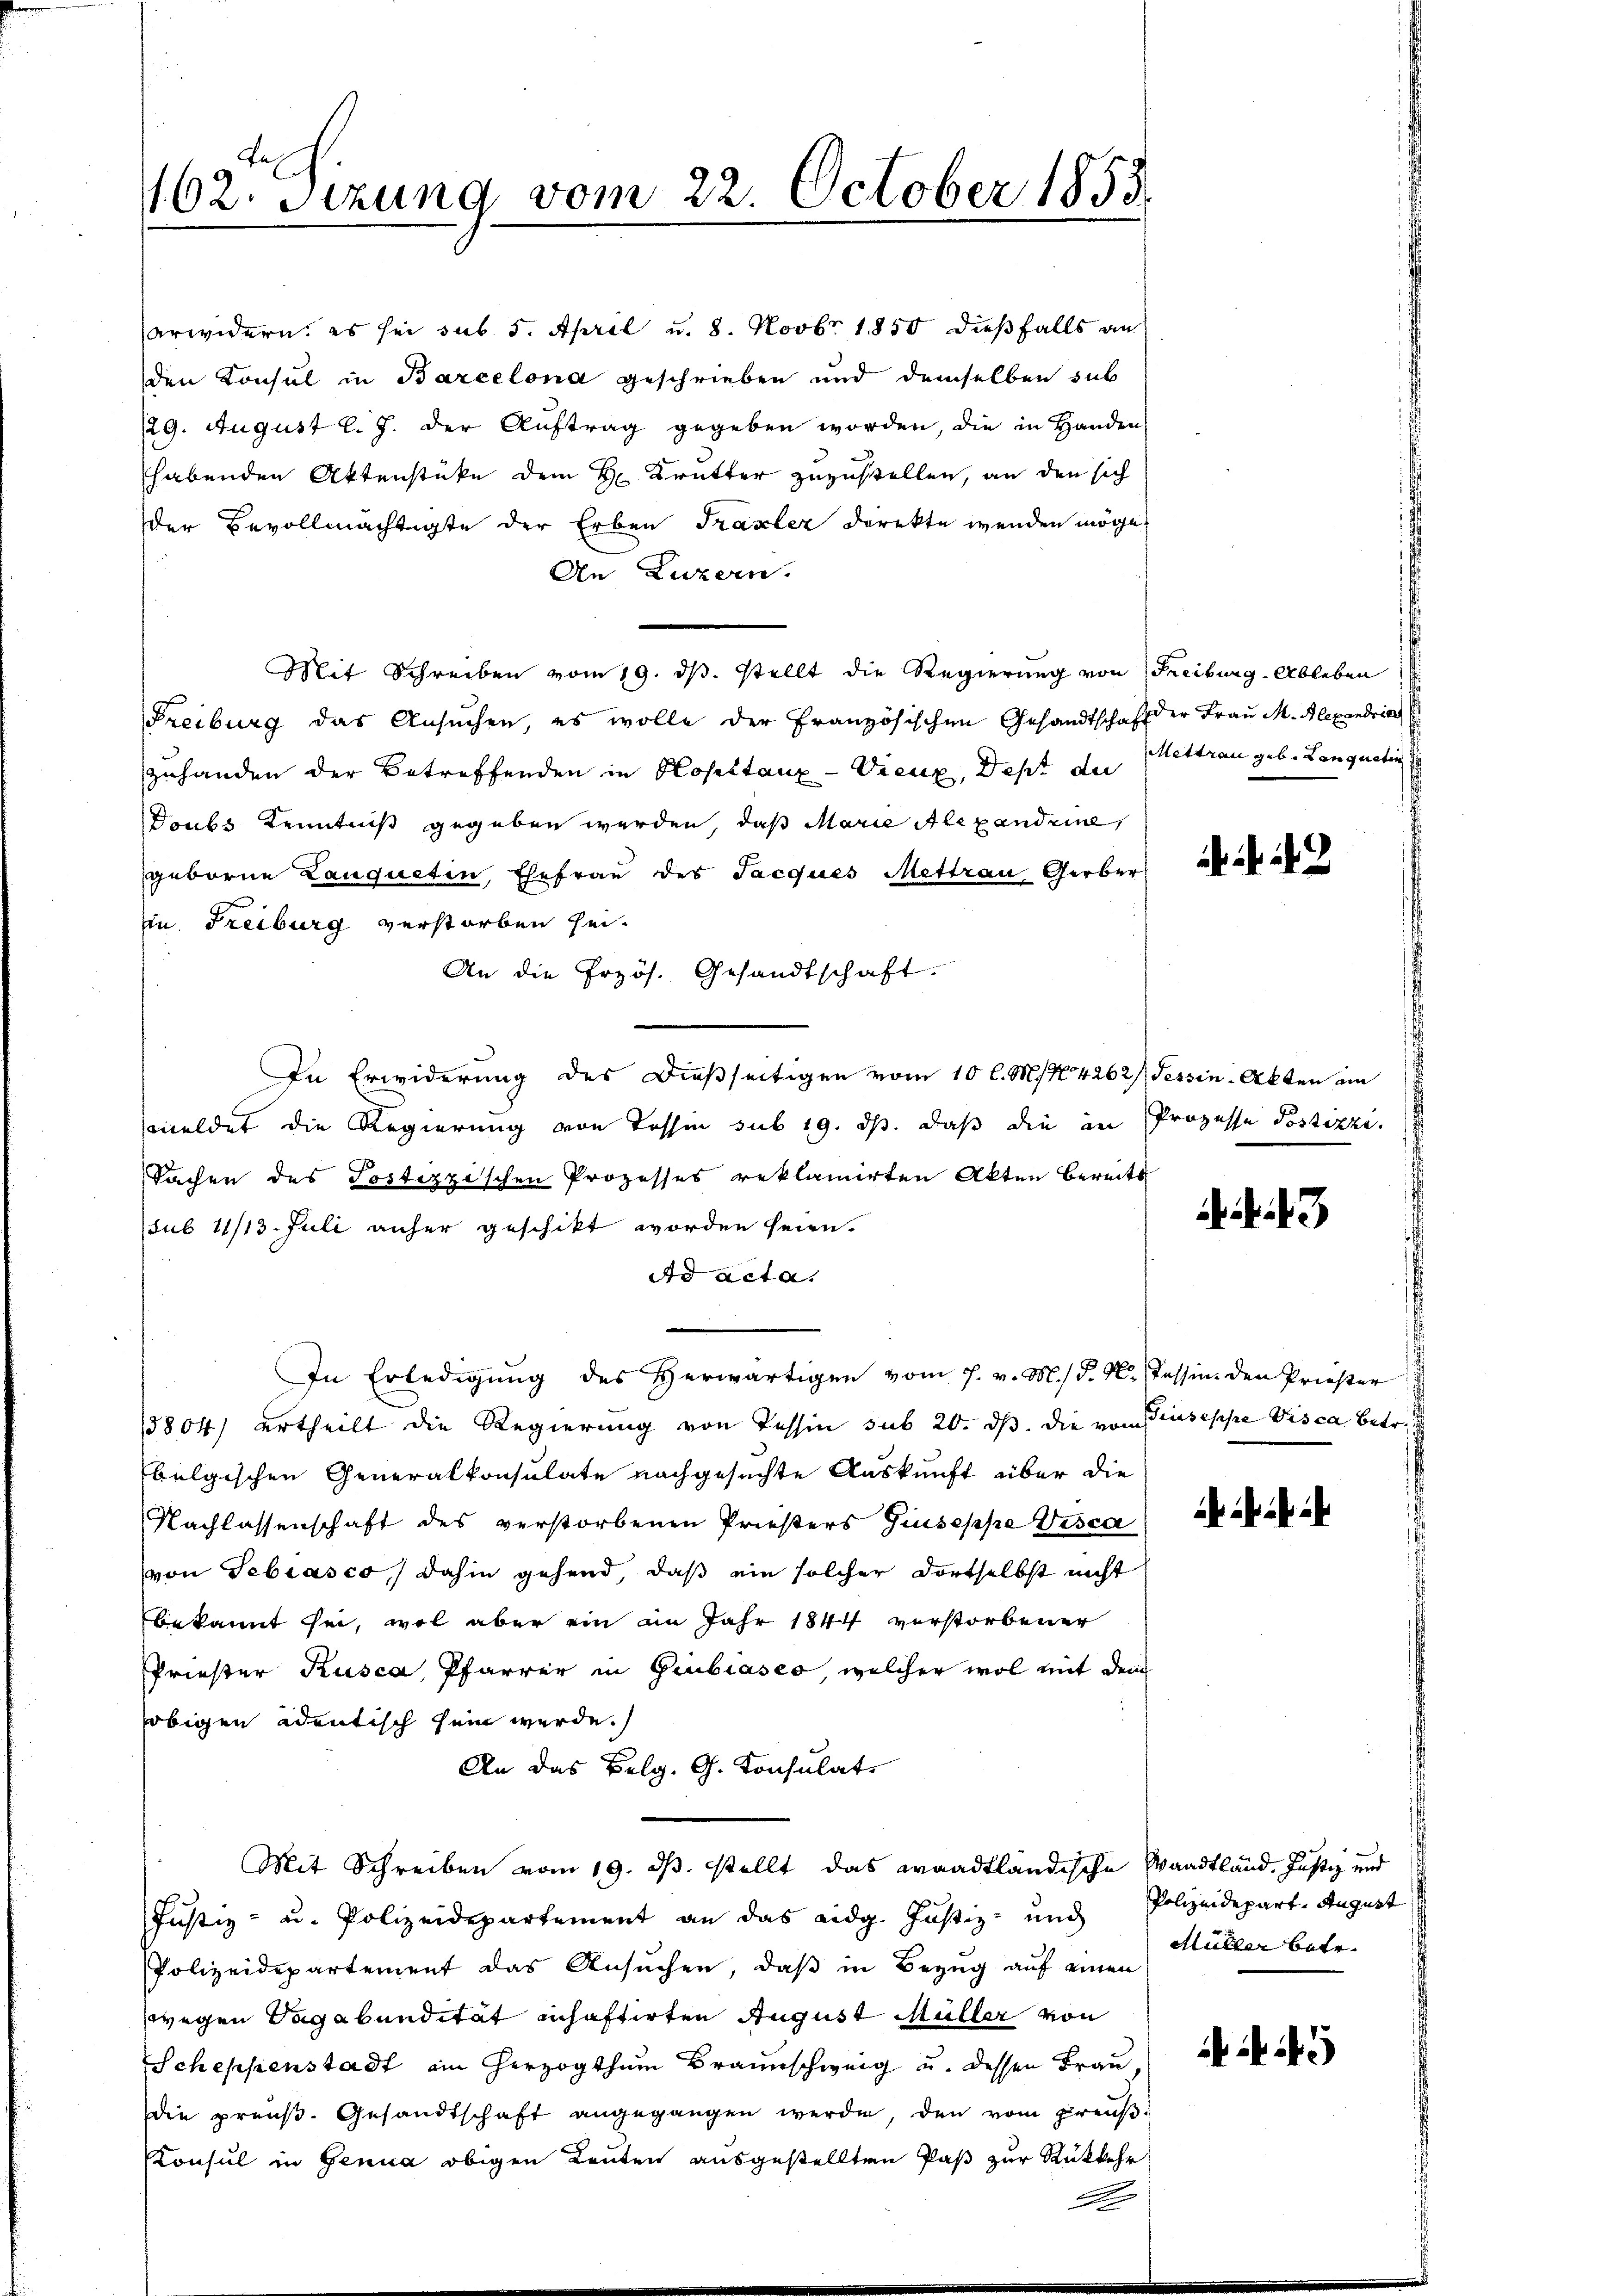
162. Sizung vom 22. October 1858.

An Luzern.
Mit Schreiben vom 19. ds. stellt die Regierung von Freiburg. Ableben
Freiburg das Ansuchen, es wolle der Französischen Gesandtschaft er Frau M. Alexandria
zuhanden der Betreffenden in Klopstanz-Vieux, Dest du
Doubs Kenntniß gegeben werden, daß Marie Alexandeine,
geborne Lauqueten, Ehefrau des Jacques Mettrau Gerber
in Freiburg verstorben sei.
An die Przös. Gesandtschaft
In Erwiderung des dießseitigen vom 10 l. M. N. 4262/, Tessin-Akten im
meldet die Regierung von Tessin sub 19. ds. daß die in Prozesse Postizzi.
Sachen des Postizzischen Prozesses reklamirten Akten bereits
sub 11/13. Juli anher geschikt worden seien.
Ad acta.
In Erledigung des Herwärtigen vom 7. v. M. d. M. Tessin den Prieser
15804) ertheilt die Regierung von Tessin sub 20. dβ. die vom Giuseppe Visca betr.
belgischen Generalkonsulate nachgesuchte Auskunft über die
Nachlassenschaft des verstorbenen Priesers Giuseppe Visca
von Sebiasco, dahin gehend, daß ein solcher dortselbst nicht
bekannt sei, wol aber ein im Jahr 1844 verstorbener
Priester Kusca, Pfarrer in Giubiasco, welcher wol mit dem
obigen adentisch sein werde.
An das Belg. G. Konsulat
Mit Schreiben vom 19. ds. stellt das waadtländische Waadtländ. Justiz und
Justiz- u. Polizeidepartement an das eidg. Justiz- und Polizeidepart. August
Polizeidepartement das Ansŭchen, daβ in Bezug auf einen
wegen Sagabundität inhaftirten August Müller von
Scheppenstadt ain Herzogthum Braunschweig u. dessen Frau
die preuß. Gesandtschaft angegangen werde, den vom Preŭβ-
Konsul in Genua obigen Leuten ausgestellten Paß zur Rückkehr

arwidern, es sei sub 5. April u. 8. Novbr 1850 dießfalls an
den Konsul in Barcelona geschrieben und demselben sub
129. August l. J. der Auftrag gegeben worden, die in Handen
habenden Aktenstüke dem H. Krutter zuzustellen, an den sich
der Bevollmächtigte der Erben Traxler direkte wenden möge

ettrau geb. Langneten

3

Müller betr.

5